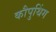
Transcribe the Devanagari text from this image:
कौपुथिंग